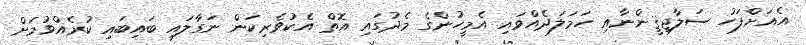
އެއަށްފަހު ސަލާޖިޤީންނާއި ހަމަލަދެއްވައި އެމީހުންގެ މެދުގައި އޮތް އެކުވެރިކަން ނަގާލައި ބައިބައި ކުރެއްވުމަށް